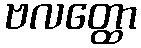
ဗလတ္ထော